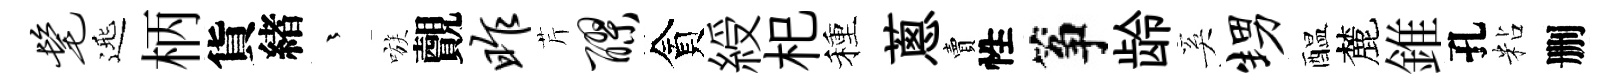
髦𨓱柄貨緖茫嗾覿昨芹醪貪綬𣏌種蔥賣性筝龄奚甥醖麓錐孔粘删